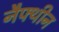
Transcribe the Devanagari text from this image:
नैफ्थीन